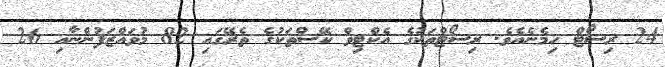
24 ރިސޯޓް ހިމެނެއެވެ. ރިސޯޓްތަކުގެ އެކްޓިވް ކޭސްތަކުގެ ތެރޭގައި 82 މުވައްޒަފުންނާއި 26